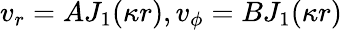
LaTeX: v_{r}=AJ_{1}(\kappa r),v_{\phi}=BJ_{1}(\kappa r)